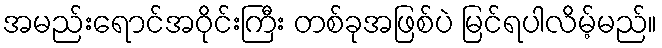
အမည်းရောင်အဝိုင်းကြီး တစ်ခုအဖြစ်ပဲ မြင်ရပါလိမ့်မည်။